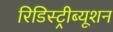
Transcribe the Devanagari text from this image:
रिडिस्ट्रीब्यूशन